Document type: Sale
Year: 1435
Scribe: Pere Soler
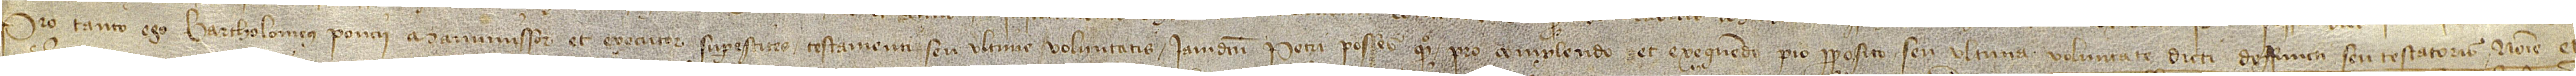
pro tanto ego Bartholomeus Poncii, manumissor et executor superestites testamenti seu ultime voluntatis iamdicti Petri Posses, quondam, pro complendo et exequendi pio proposito seu ultima voluntate dicti deffuncti su testatoris, nomine et